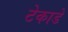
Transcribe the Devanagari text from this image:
टेकाडे